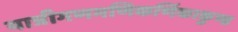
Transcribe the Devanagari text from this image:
यात्रीगणमणिकर्णिकाकुण्ड